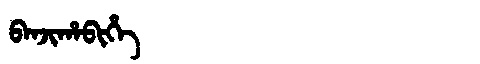
Manchu: ᠪᠠᠨᠵᡳᡥᠠᠪᡳᡥᡝ
Romanization: BANJIHABIHE